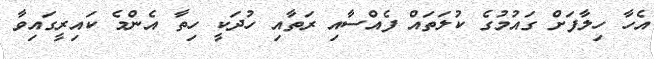
އެހާ ހިލާފަށް ގައުމުގެ ކުލަތައް ފެއްސާއި ރަތާއި ހުދަކީ ހިތާ އެންމެ ކައިރީގައިވާ